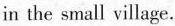
in the small village.